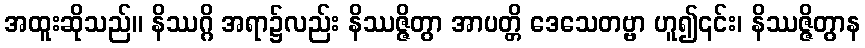
အထူးဆိုသည်။ နိဿဂ္ဂိ အရာ၌လည်း နိဿဇ္ဇိတွာ အာပတ္တိ ဒေသေတဗ္ဗာ ဟူ၍၎င်း၊ နိဿဇ္ဇိတွာန